Medical and sanitary report of the native army of Bengal for the year
Year: 1877
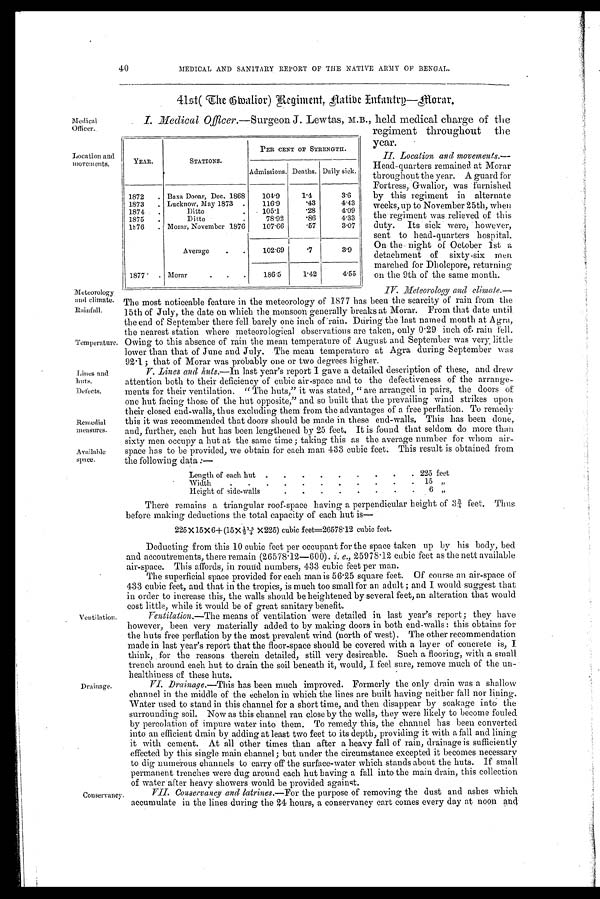
40
MEDICAL AND SANITARY REPORT OF THE NATIVE ARMY OF BENGAL.
4lst( The Gwalior) Regiment, Native Infantry—Morar.
Medi cal Offi cer.
Location and
movements.
Meteorology
and climate.
Rainfalls.
Temperature
Lines and
huts.
Defects.
Remedial
measures.
Available
space.
I. Medical Officer .—Surgeon J. Lewtas, M.B., held medical charge of the
regiment throughout the
year.
II. Location and movements
. — H e a d - q u a r t e r s r e m a i n e d a t M o r a r
throughout the year. A guard for
Fortress, Gwalior, was furnished
by this regiment in alternate
weeks, up to November 25th, when
the regiment was relieved of this
duty. Its sick were, however,
sent to head-quarters hospital.
On the night of October 1st a
detachment of sixty-six men
marched for Dholepore, returning
on the 9th of the same month.
I V
. Meteorology and climate .—
The most noticeable feature in the meteorology of 1877 has been the scarcity of rain from the
15th of July, the date on which the monsoon generally breaks at Morar. From that date until
the end of September there fell barely one inch of rain. During the last named month at Agra,
the nearest station where meteorological observations are taken, only 0.29 inch of. rain fell.
Owing to this absence of rain the mean temperature of August and September was very little
lower than that of June and July. The mean temperature at Agra during September was
92.1; that of Morar was probably one or two degrees higher.
V. Lines and huts.—In last year's report I gave a detailed description of these, and drew
attention both to their deficiency of cubic air-space and to the defectiveness of the arrange-
ments for their ventilation. "The huts," it was stated, "are arranged in pairs, the doors of
one hut facing those of the hut opposite," and so built that the prevailing wind strikes upon
their closed end-walls, thus excluding them from the advantages of a free perflation. To remedy
this it was recommended that doors should be made in these end-walls. This has been done,
and, further, each hut has been lengthened by 25 feet. It is found that seldom do more than
sixty men occupy a hut at the same time; taking this as the average number for whom air--
space has to be provided, we obtain for each man 433 cubic feet. This result is obtained from
the following data:—
YEAR.
STATIONS.
PER CENT OF STRENGTH.
Admissions. Deaths. Daily sick.
1872
. Baxa Dooar, Dec. 1868
1 0 4 . 9
1.4
3.6
1873
. Lucknow, May 1873 .
116.9
. 4 3
4.43
1874 .
Ditto
. .105.1
. 2 8
4.09
1875
.
Ditto
78.92
. 8 6
4.33
1876 . Morar, November 1876
107.66
.57
3.07
Average
.
.
102.69
.7
3.9
1877 . Morar
.
.
.
186.5
1.42
4.55
Length of each hut .
.
.
.
.
.
.
.
. 225 feet
Width.
.
.
.
.
.
.
.
.
. 15 "
Height of side-walls
6 "
Ventilation.
Drainage.
Conservancy:
There remains a triangular roof-space having a perpendicular height of 3¾ feet. Thus
before making deductions the total capacity of each hut is
—
225 X 15 X 6+ ( 15 x 1 5/ 4 x 225) cubi c f eet =26578. 12 cubi c f eet .
Deducting from this 10 cubic feet per occupant for the space taken up by his body, bed
and accoutrements, there remain (26578.12—600). i . e .
, 2 5 9 7 8 . 1 2 c u b i c f e e t a s t h e n e t t a v a i l a b l e
air-space. This affords, in round numbers, 433 cubic feet per man.
The superficial space provided for each man is 56.25 square feet. Of course an air-space of
433 cubic feet, and that in the tropics, is much too small for an adult; and I would suggest that
in order to increase this, the walls should be heightened by several feet, an alteration that would
cost little, while it would be of great sanitary benefit.
Ventilation .—The means of ventilation were detailed in last year's report; they have
however, been very materially added to by making doors in both end-walls: this obtains for
the huts free perflation by the most prevalent wind (north of west). The other recommendation
made in last year's report that the floor-space should be covered with a layer of concrete is, I
think, for the reasons therein detailed, still very desireable. Such a flooring, with a small
trench around each hut to drain the soil beneath it, would, I feel sure, remove much of the un-
healthiness of these huts.
VI. Drainage .—This has been much improved. Formerly the only drain was a shallow
channel in the middle of the echelon in which the lines are built having neither fall nor lining.
Water used to stand in this channel for a short time, and then disappear by soakage into the
surrounding soil. Now as this channel ran close by the wells, they were likely to become fouled
by percolation of impure water into them. To remedy this, the channel has been converted
into an efficient drain by adding at least two feet to its depth, providing it with. a fall and lining
it with cement. At all other times than after a heavy fall of rain, drainage is sufficiently
effected by this single main channel; but under the circumstance excepted it becomes necessary
to dig numerous channels to carry off the surface-water which stands about the huts. If small
permanent trenches were dug around each hut having a fall into the main drain, this collection
of water after heavy showers would be provided against.
VII.
Conservancy and latrines.—For the purpose of removing the dust and ashes which
accumulate in the lines during the 24 hours, a conservancy cart comes every day at noon and